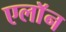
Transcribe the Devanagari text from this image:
एलाॅन